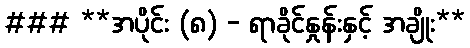
### **အပိုင်း (၈) - ရာခိုင်နှုန်းနှင့် အချိုး**